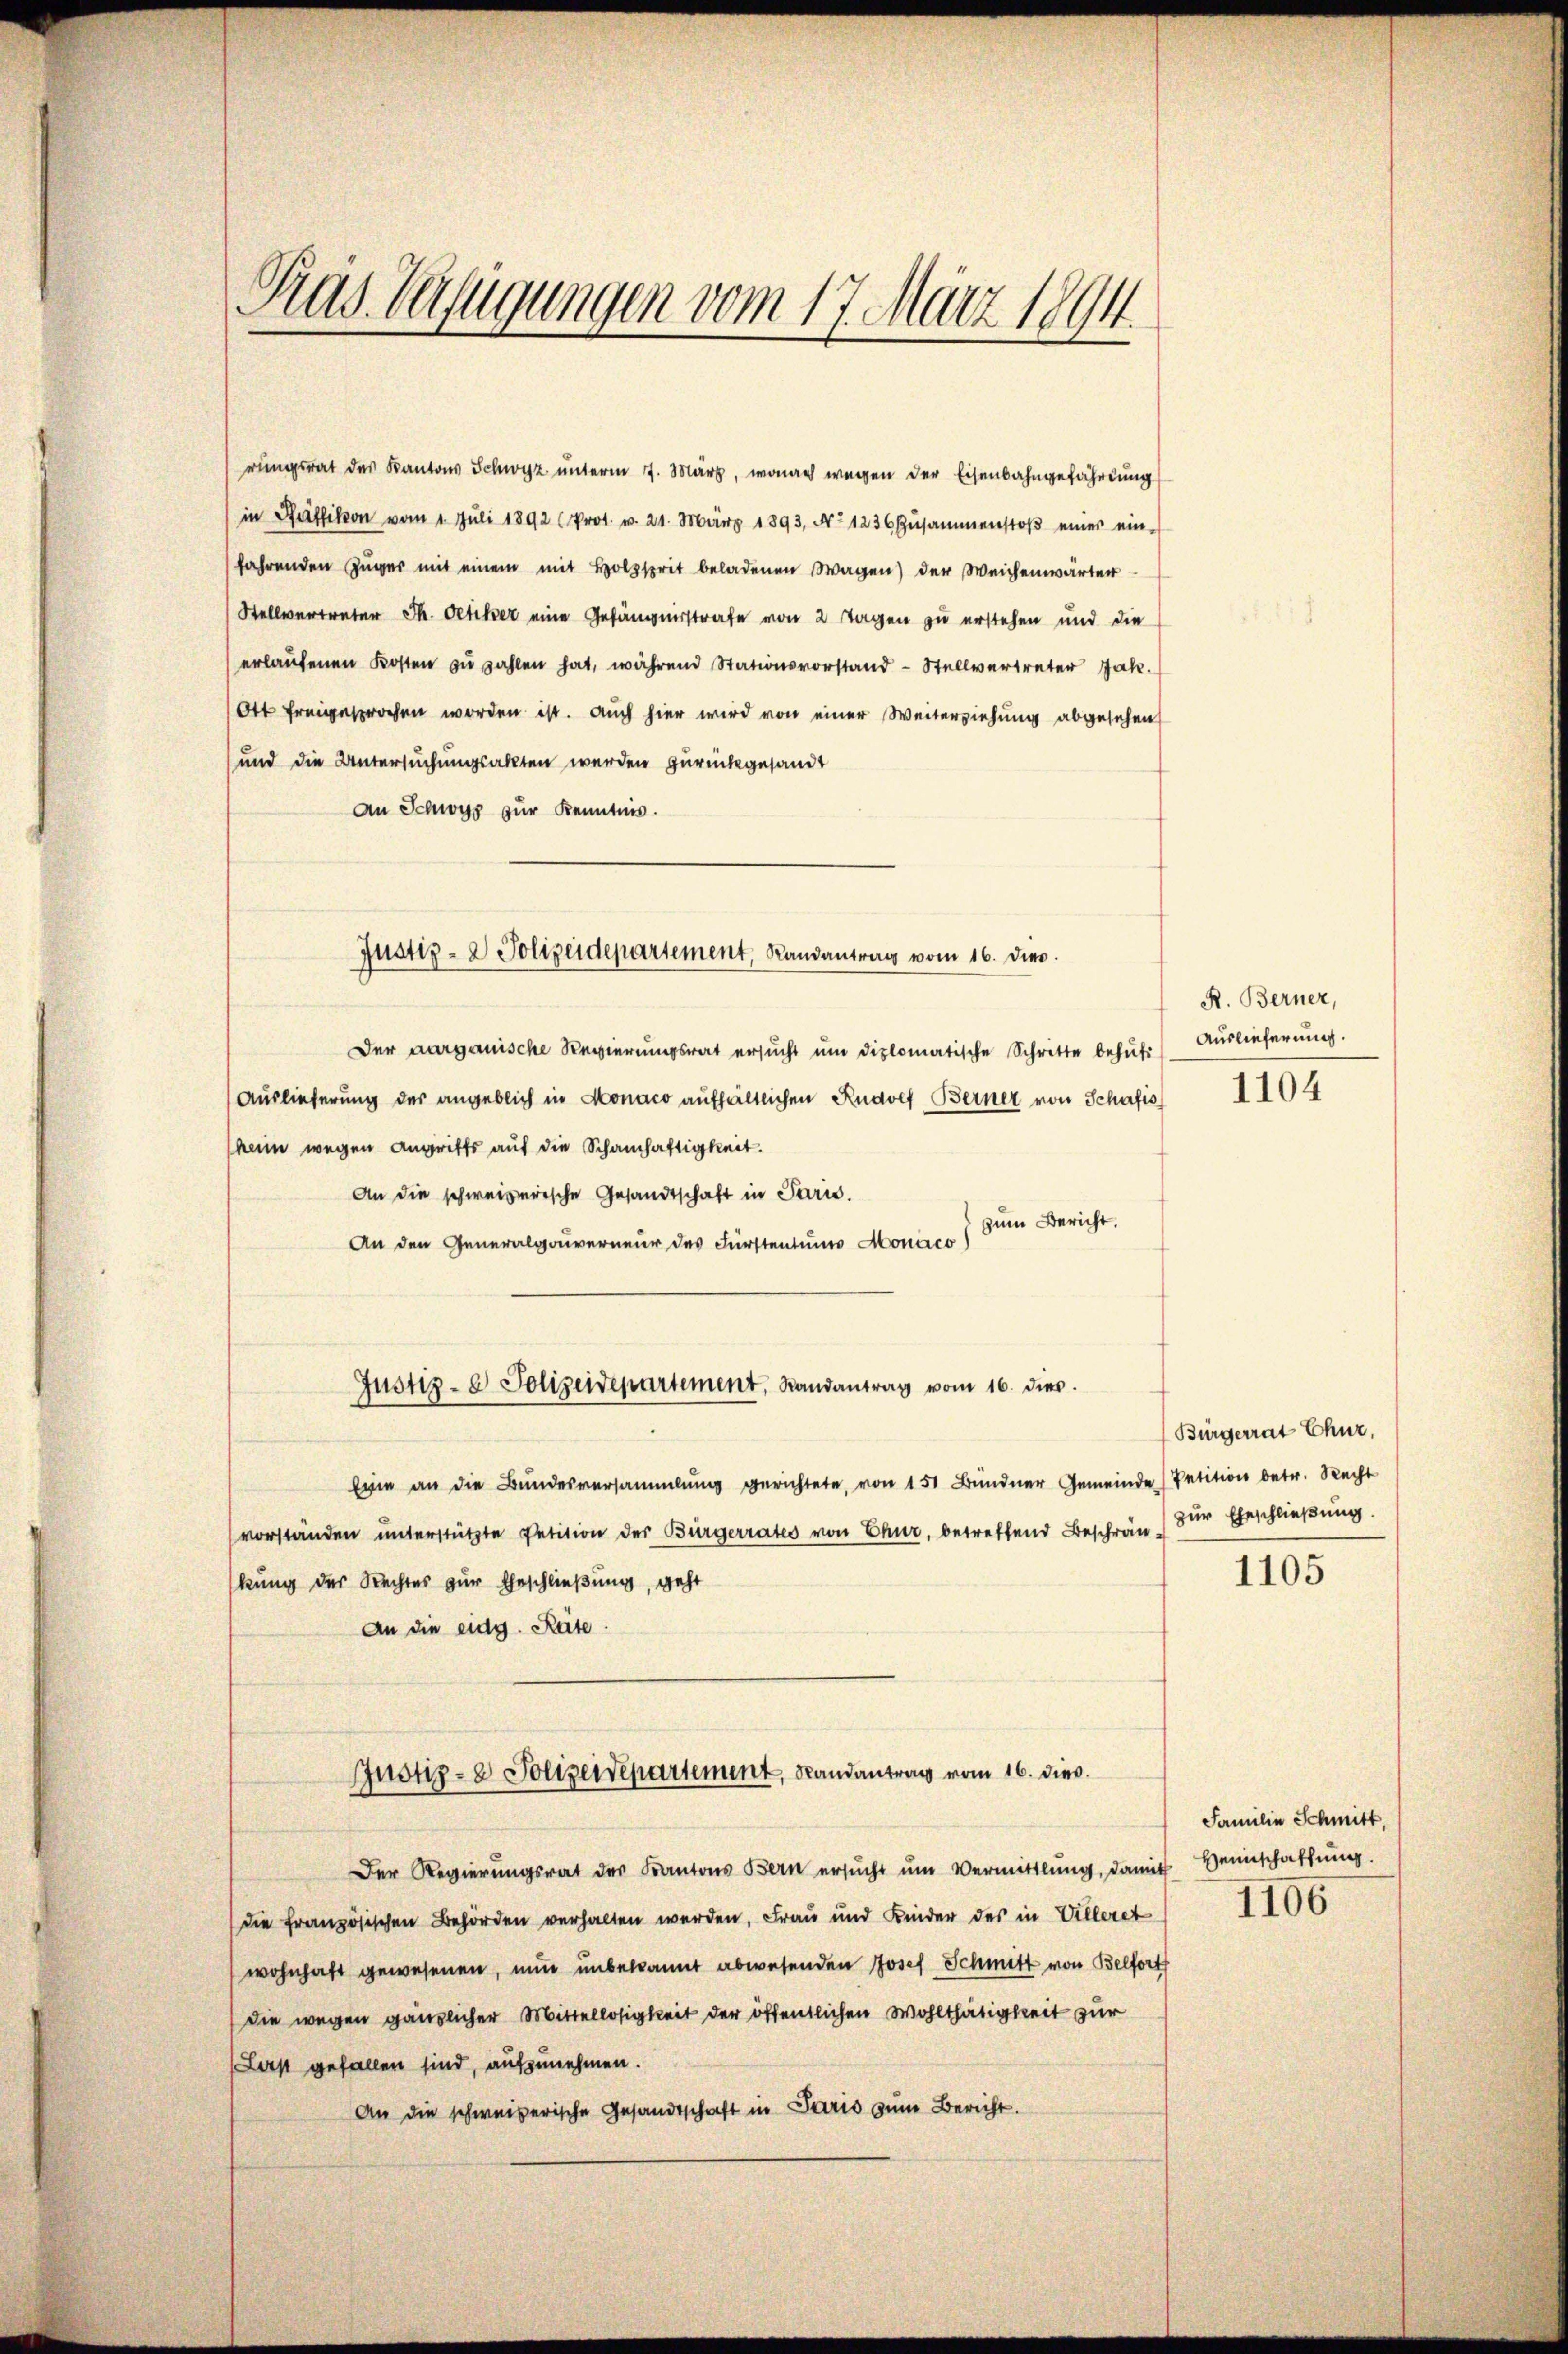
Pras. Verfügungen vom 17. März 1894.

rungsrat des Kantons Schwyz unterm 7. März, wonach wegen der Eisenbahngefährdung
in Raffikon vom 1. Jŭli 1892 (Prot. v. 21. März 1893, No 1236 Zŭsammenstoβ einer ein-
fahrenden Züger mit einem mit Holzsprit beladenen Wagen) der Weichenwärter
Stellvertreter Th. Oetiker eine Gefängnisstrafe von 2 Tagen zu erstehen und die
erlaufenen Kosten zu zahlen hat, während Stationsvorstand - Stellvertreter Jak.
Ott freigesprochen worden ist. Auch hier wird von einer Weiterziehung abgesehen
und die Untersuchungsakten werden zurückgesandt
An Schwyz zur Kenntnis.
Der aargauische Regierungsrat ersŭcht ŭm diplomatische Schritte behŭf.) Auslieferung.
Auslieferung des angeblich in Monaco aufhältlichen Rudolf Berner von Schafis
heim wegen Angriffs auf die Schamhaftigkeit.
An die schweizerische Gesandtschaft in Paris.
zum Bericht.
An den Generalgouverneur des Fürstentums Monaco
Justiz- & Polizeidepartement, Randantrag vom 16. dies.
Eine an die Bundesversammlung gerichtete, von 151 Bündner Gemeinde Petition betr. Recht
vorständen unterstützte Petition der Bürgerrates von Chur, betreffend Beschränkung der Rechtes zur Eheschließung, geht
An die eidg. Räte
Justiz- & Polizeidepartement, Randantrag vom 16. dieß.
Der Regierungsrat des Kantons Bern ersucht um Vermittlung, damit Heinschaffung.
die französischen Behörden verhalten werden, Frau und Kinder des in Villeret
wohnhaft gewesenen, nun unbekannt abwesenden Josef Schmitt von Belfort
die wegen gänzlicher Mittellosigkeit der öffentlichen Wohlthätigkeit zur
Laßt gefallen sind, aufzunehmen.
An die schweizerische Gesandtschaft in Paris zum Bericht.

Justiz- & Polizeidepartement, Randantrag vom 16. dies.

R. Berner,
1104

Bürgerrat Chur,
zur Eheschließung.

1105

Familie Schmitt

1106